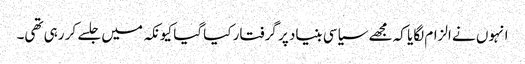
انہوں نے الزام لگایا کہ مجھے سیاسی بنیاد پر گرفتار کیا گیا کیونکہ میں جلسے کر رہی تھی۔